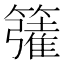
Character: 𮆦